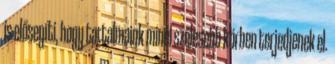
is elősegíti, hogy tartalmaink minél szélesebb körben terjedjenek el.